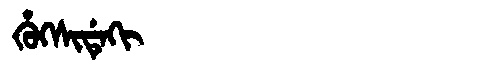
Manchu: ᡥᡠᡴᠰᡳᡩᡝᡴᡳ
Romanization: HUKSIDEKI